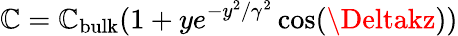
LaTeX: \mathbb{C}=\mathbb{C}_{\mathrm{{bulk}}}(1+ye^{-y^{2}/\gamma^{2}}\cos(\Deltakz))